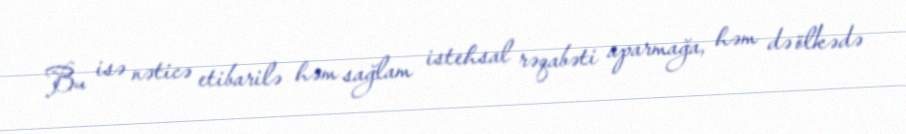
Bu isə nəticə etibarilə həm sağlam istehsal rəqabəti aparmağa, həm də ölkədə